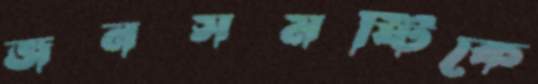
জনসমষ্টিকে